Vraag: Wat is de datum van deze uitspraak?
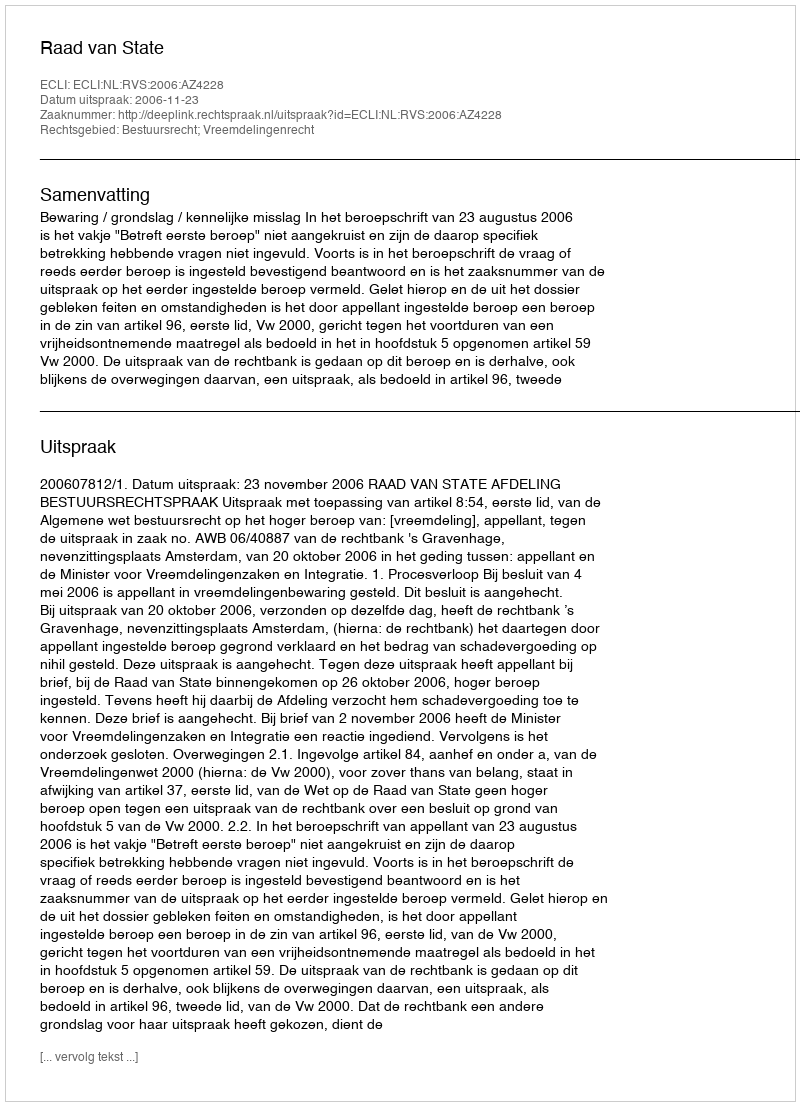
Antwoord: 2006-11-23